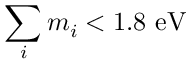
\sum _ { i } m _ { i } < 1 . 8 \mathrm { ~ e V }